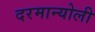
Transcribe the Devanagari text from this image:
दरमान्योली